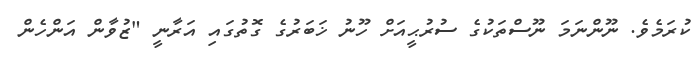
ކުރަމެވެ. ނޫންނަމަ ނޫސްތަކުގެ ސުރުޙީއަށް ހޫނު ޚަބަރުގެ ގޮތުގައި އަރާނީ "ޒުވާން އަންހެން